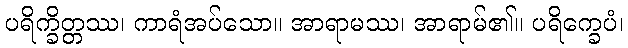
ပရိက္ခိတ္တဿ၊ ကာရံအပ်သော။ အာရာမဿ၊ အာရာမ်၏။ ပရိက္ခေပံ၊